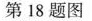
第18题图